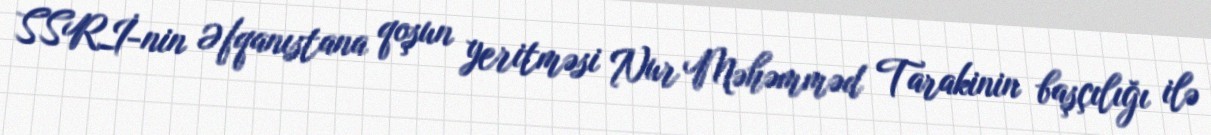
SSRİ-nin Əfqanıstana qoşun yeritməsi Nur Məhəmməd Tarakinin başçılığı ilə